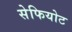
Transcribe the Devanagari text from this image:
सेफियोट